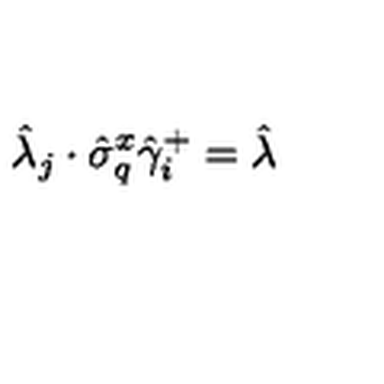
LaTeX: \hat { \lambda } _ { j } \cdot \hat { \sigma } _ { q } ^ { x } \hat { \gamma } _ { i } ^ { + } = \hat { \lambda }